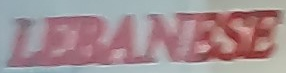
LEBANESE